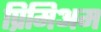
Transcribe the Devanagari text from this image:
प्रिमिअम